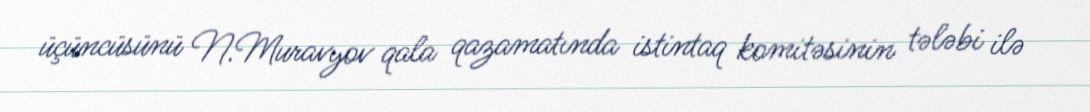
üçüncüsünü N.Muravyov qala qazamatında istintaq komitəsinin tələbi ilə